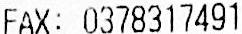
FAX: 0378317491